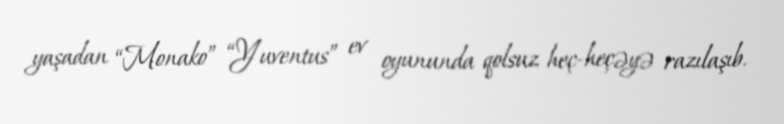
yaşadan “Monako” “Yuventus” ev oyununda qolsuz heç-heçəyə razılaşıb.